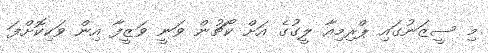
މި ސީޒަނުގައި ޕްރިމިއާ ލީގުގެ އަށް ކޯޗުން ވަނީ ވަޒީފާ އިން ވަކިކޮށްފަ